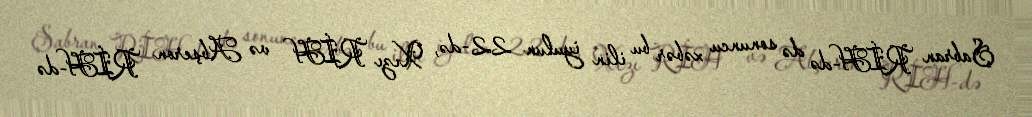
Şabran RİH-də də sonuncu xəbər bu ilin iyulun 22-də, Xızı RİH və Abşeron RİH-də